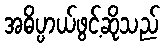
အဓိပ္ပာယ်ဖွင့်ဆိုသည်